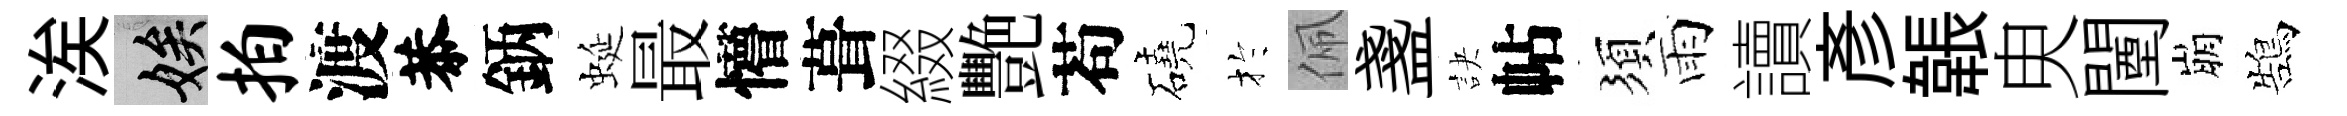
涘娭拍渡恭鈵蜒最懵葺綴艷苟磽扵佩盞訣帖須雨讀彥韔㬰闉崩鵠